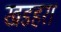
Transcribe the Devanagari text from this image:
खडहरा